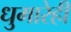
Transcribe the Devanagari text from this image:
धुमारेही